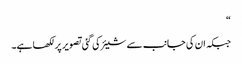
“
جبکہ ان کی جانب سے شیئر کی گئی تصویر پر لکھا ہے۔